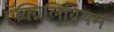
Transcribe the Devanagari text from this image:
ऍक्विलिब्रियम